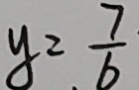
y = \frac { 7 } { b }